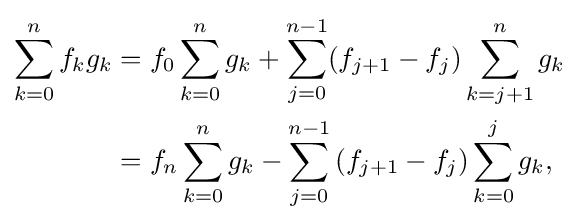
{\begin{aligned}\sum _{k=0}^{n}f_{k}g_{k}&=f_{0}\sum _{k=0}^{n}g_{k}+\sum _{j=0}^{n-1}(f_{j+1}-f_{j})\sum _{k=j+1}^{n}g_{k}\\&=f_{n}\sum _{k=0}^{n}g_{k}-\sum _{j=0}^{n-1}\left(f_{j+1}-f_{j}\right)\sum _{k=0}^{j}g_{k},\end{aligned}}